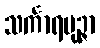
သင်္ကာရပုဉ္ဇာ